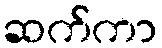
ဆက်ကာ